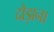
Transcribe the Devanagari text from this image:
दौड़ाना